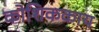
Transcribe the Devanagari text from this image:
कोशिककाय